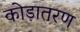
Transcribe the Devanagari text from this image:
कोड़ातरण